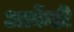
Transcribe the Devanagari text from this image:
आर्केडी